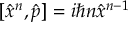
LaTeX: [ { \hat { x } } ^ { n } , { \hat { p } } ] = i \hbar n { \hat { x } } ^ { n - 1 }